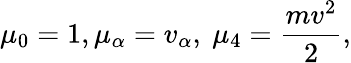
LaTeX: \mu_{0}=1,\mu_{\alpha}=v_{\alpha},\ \mu_{4}={\frac{mv^{2}}{2}},